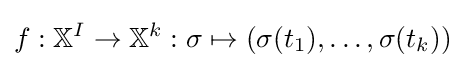
f:\mathbb {X} ^{I}\to \mathbb {X} ^{k}:\sigma \mapsto \left(\sigma (t_{1}),\dots ,\sigma (t_{k})\right)